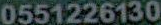
0551226130